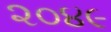
૨૦૪૯